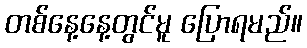
တစ်နေ့နေ့တွင်မူ ပြောရမည်။